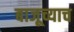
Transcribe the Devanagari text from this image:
बाजूच्याच